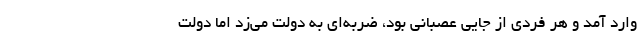
وارد آمد و هر فردی از جایی عصبانی بود، ضربه‌ای به دولت می‌زد اما دولت